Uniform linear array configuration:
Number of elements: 12
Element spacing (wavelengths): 0.75
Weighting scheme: blackman
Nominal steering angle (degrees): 60
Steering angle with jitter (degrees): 58.087
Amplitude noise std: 0.05
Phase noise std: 0.05

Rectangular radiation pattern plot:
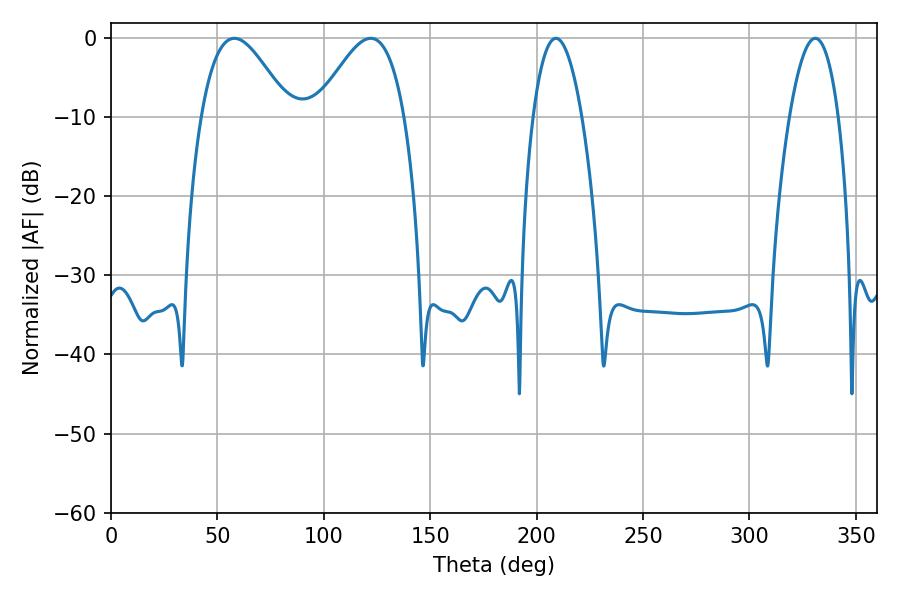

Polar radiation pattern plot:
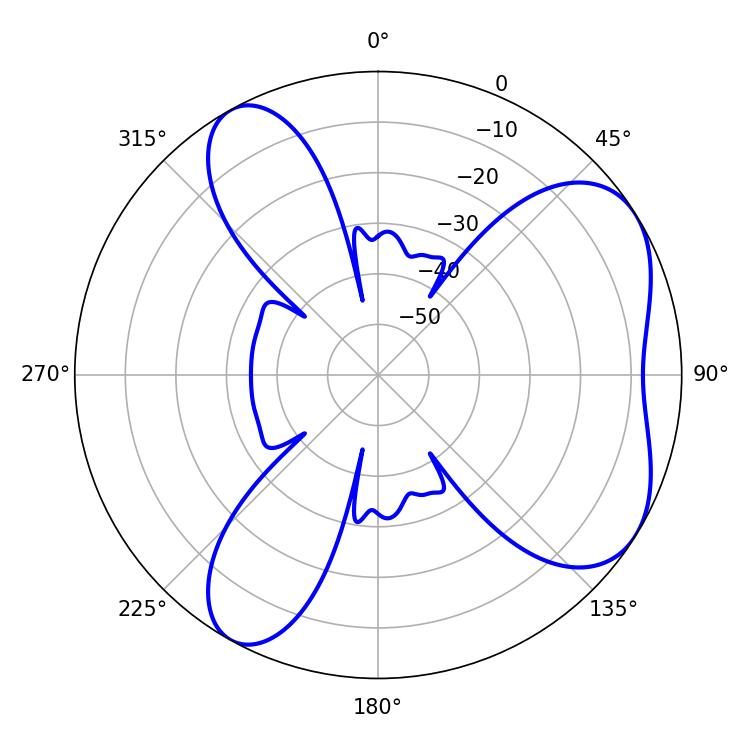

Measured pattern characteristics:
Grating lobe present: TRUE
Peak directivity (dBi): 5.778
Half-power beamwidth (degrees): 22.32
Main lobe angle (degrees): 122.04